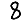
Digit: 8